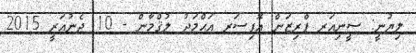
ލިޔުނީ: ސީނިއަރ ޕްރިޒަން އޮފިސަރ އަޙްމަދު ލުޤްމާން - 10 ޖެނުއަރީ 2015